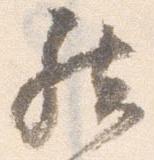
然